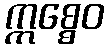
ဣစ္စေဝ